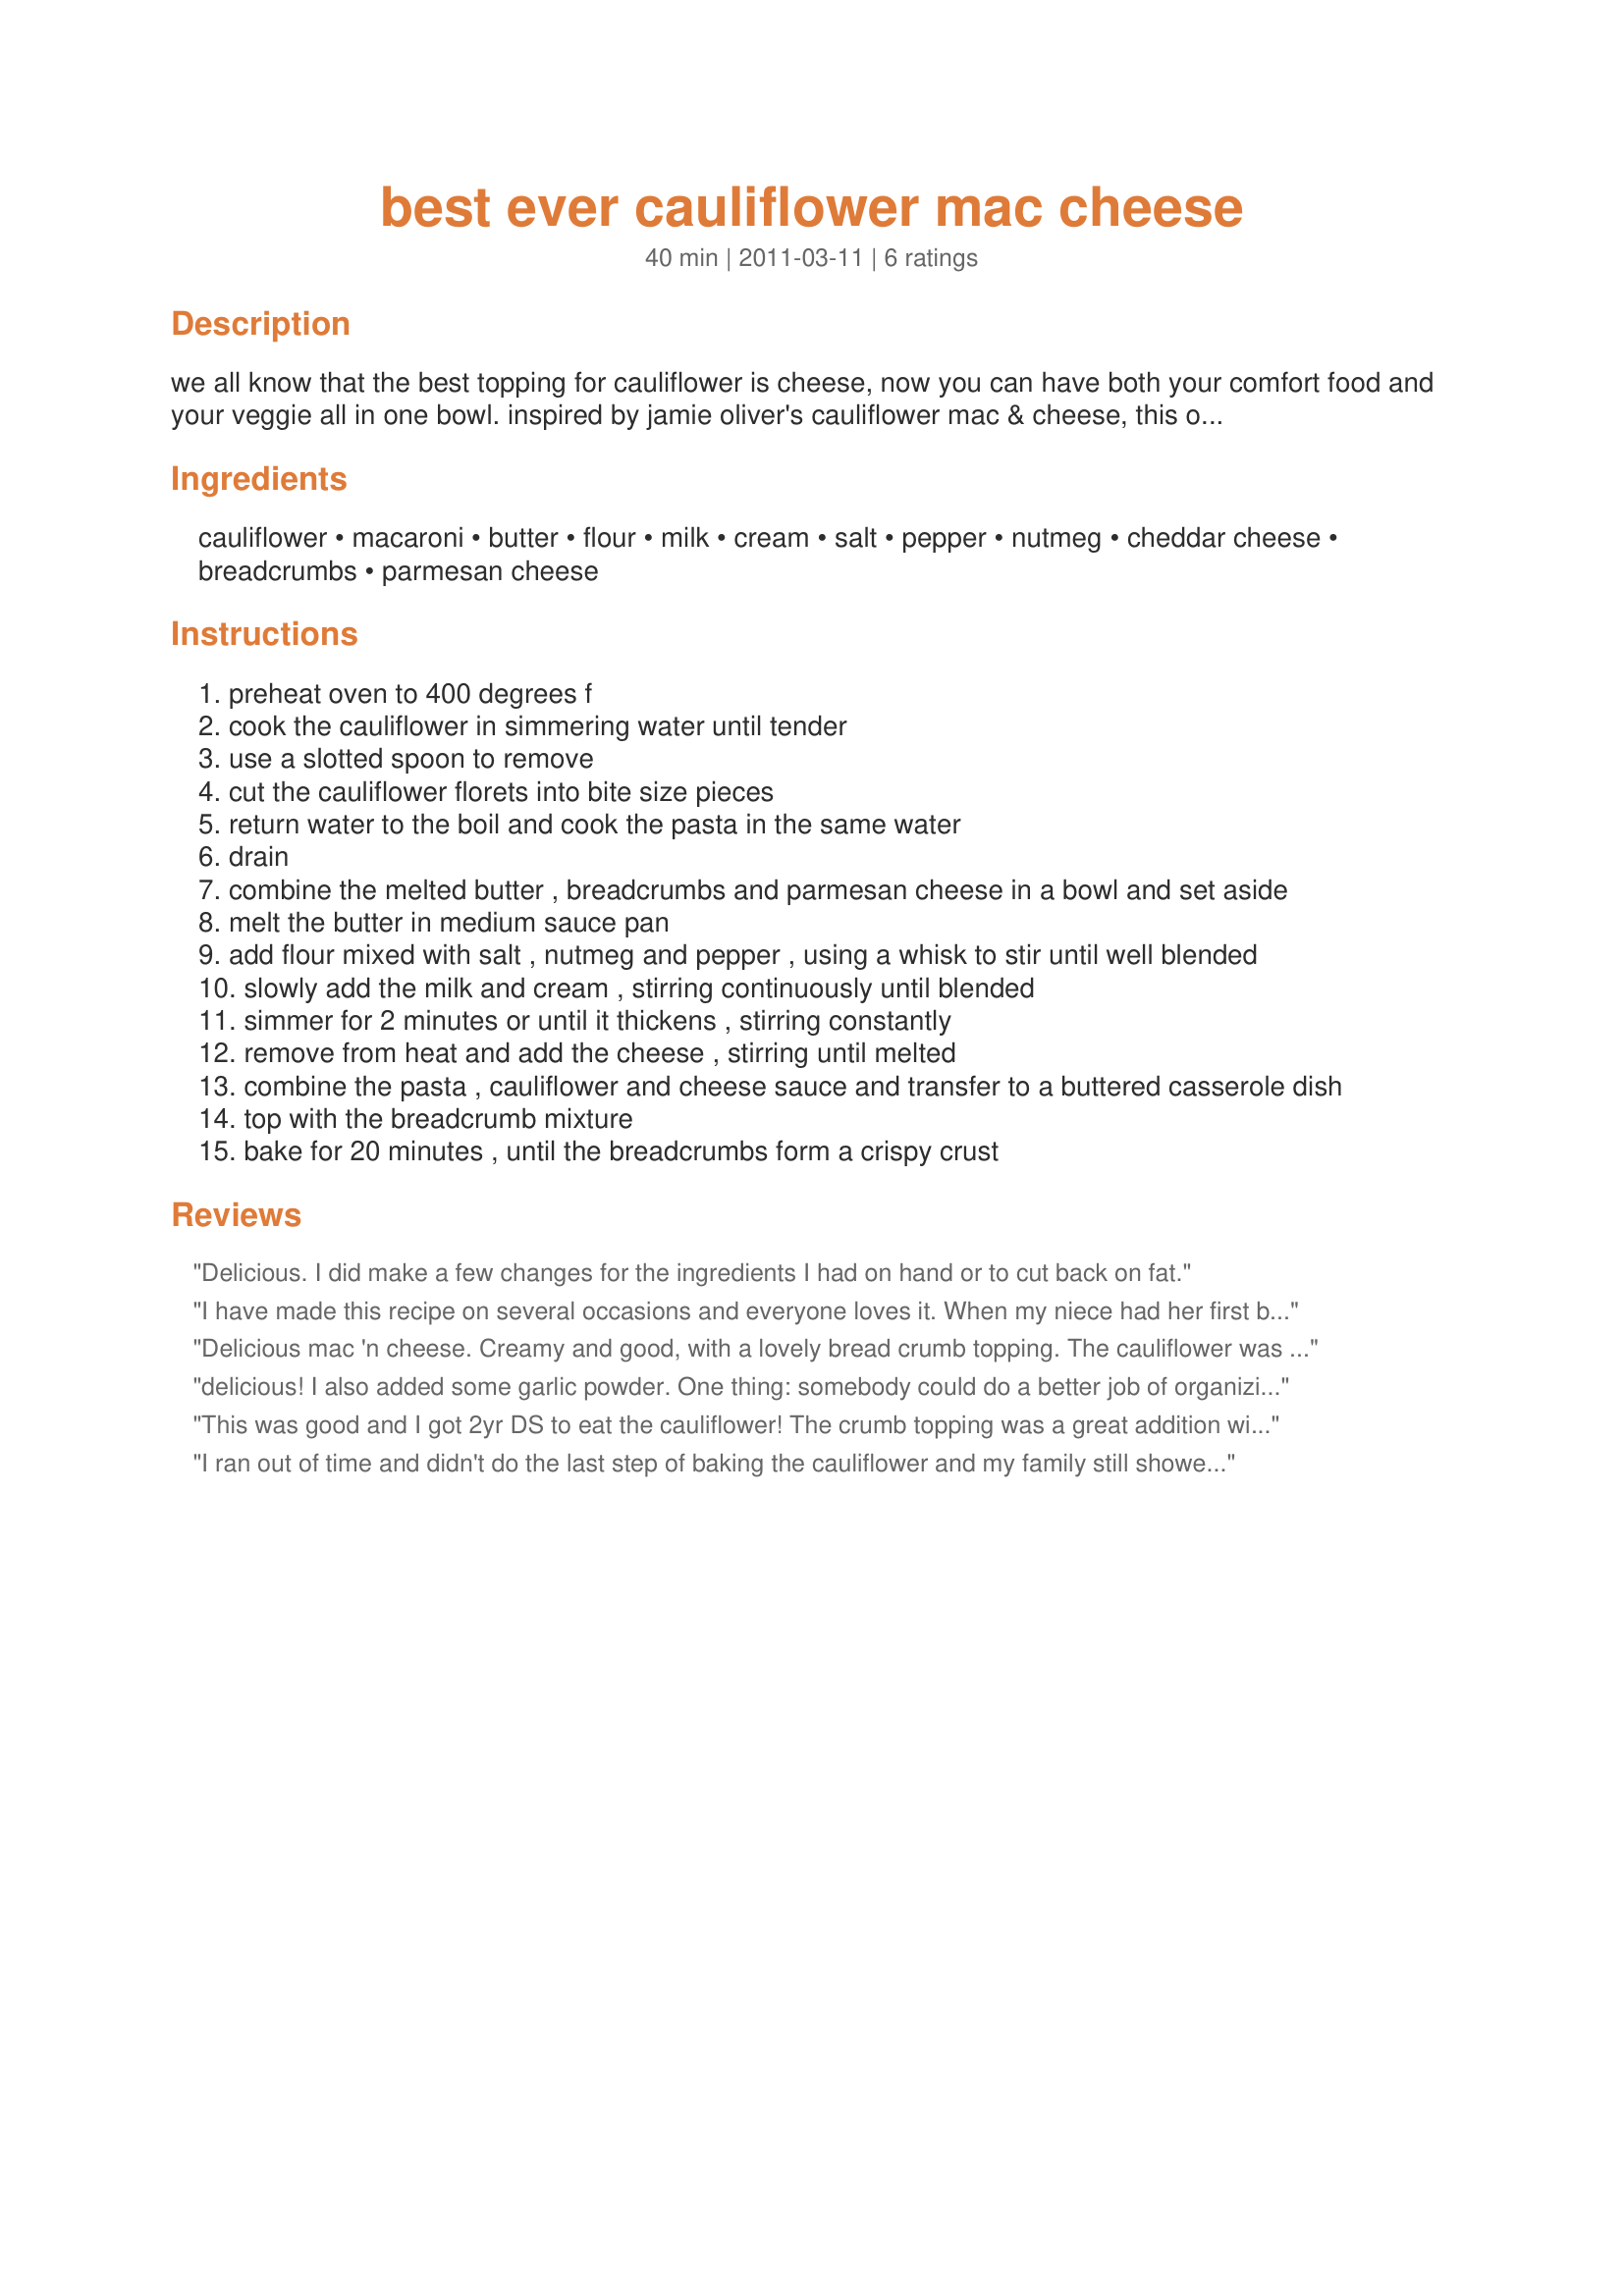
best ever cauliflower mac cheese
Preparation time: 40 minutes

we all know that the best topping for cauliflower is cheese, now you can have both your comfort food and your veggie all in one bowl.

inspired by jamie oliver's cauliflower mac & cheese, this one is a creamy, vegetarian dish with hidden veggies for your kids!

Ingredients:
cauliflower, macaroni, butter, flour, milk, cream, salt, pepper, nutmeg, cheddar cheese, breadcrumbs, parmesan cheese

Steps:
preheat oven to 400 degrees f
cook the cauliflower in simmering water until tender
use a slotted spoon to remove
cut the cauliflower florets into bite size pieces
return water to the boil and cook the pasta in the same water
drain
combine the melted butter , breadcrumbs and parmesan cheese in a bowl and set aside
melt the butter in medium sauce pan
add flour mixed with salt , nutmeg and pepper , using a whisk to stir until well blended
slowly add the milk and cream , stirring continuously until blended
simmer for 2 minutes or until it thickens , stirring constantly
remove from heat and add the cheese , stirring until melted
combine the pasta , cauliflower and cheese sauce and transfer to a buttered casserole dish
top with the breadcrumb mixture
bake for 20 minutes , until the breadcrumbs form a crispy crust

Reviews:
Delicious. I did make a few changes for the ingredients I had on hand or to cut back on fat.
I have made this recipe on several occasions and everyone loves it. When my niece had her first baby I made and froze four weeks of easy dinners for her and her husband. This was by far their favorite.
Delicious mac 'n cheese. Creamy and good, with a lovely bread crumb topping. The cauliflower was a fun addition to this type of dish. I used all milk instead of part cream but did not miss it. Also used garlic powder along with salt & pepper to season. Yummy, thanks!
delicious! I also added some garlic powder. One thing: somebody could do a better job of organizing the recipe directions.
This was good and I got 2yr DS to eat the cauliflower! The crumb topping was a great addition with the parmesan cheese. Will make again. Made for I Recommend Tag.
I ran out of time and didn't do the last step of baking the cauliflower and my family still showed this yummy dish down!
